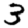
Digit: 3